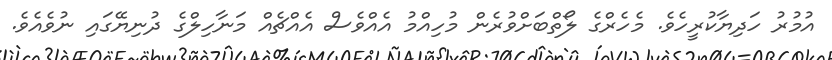
އުމުރު ހަދިޔާކުރީހެވެ. މެހެރްގެ ލޯތްބަށްވުރެން މުހިއްމު އެއްވެސް އެއްޗެއް މަނާހިލްގެ ދުނިޔޭގައި ނުވެއެވެ.